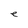
Character: e